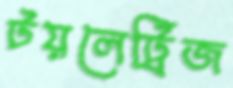
টয়লেট্রিজ